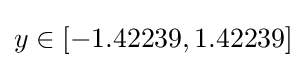
y\in [-1.42239,1.42239]